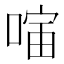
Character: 𪡣